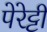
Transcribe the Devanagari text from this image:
पेरेट्टी